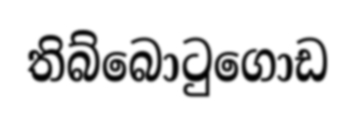
තිබ්බොටුගොඩ